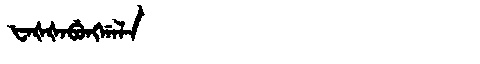
Manchu: ᡶᠠᡧᡧᠠᠪᡠᠩᡤᠠᠯᠠ
Romanization: FAŠŠABUNGGALA